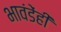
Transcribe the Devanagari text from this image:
भावंडेंही